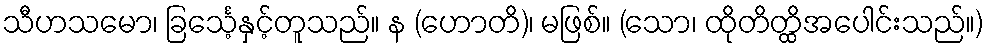
သီဟသမော၊ ခြင်္သေ့နှင့်တူသည်။ န (ဟောတိ)၊ မဖြစ်။ (သော၊ ထိုတိတ္ထိအပေါင်းသည်။)